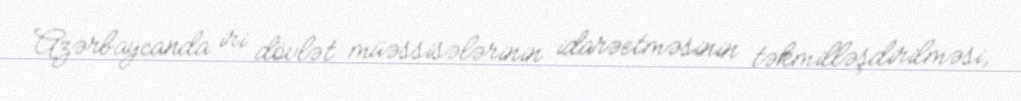
Azərbaycanda iri dövlət müəssisələrinin idarəetməsinin təkmilləşdirilməsi,